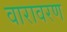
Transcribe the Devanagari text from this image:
वारावरण